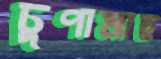
চুণামাছ